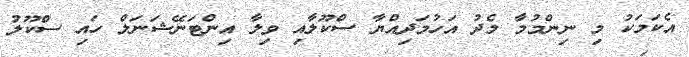
އެކަމަކު މި ނިންމުމާ މެދު އަހުމަދިއްޔާ ސްކޫލާއި ވިލާ އިންޓަނޭޝަނަލް ހައި ސްކޫލު